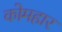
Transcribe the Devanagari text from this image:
कोमहार